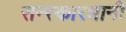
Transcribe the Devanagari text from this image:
सन्स्कारधानी